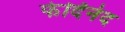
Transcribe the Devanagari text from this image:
फेर्दिनंद